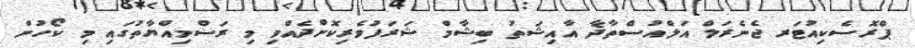
ޕްރޮސެކިއުޓަރ ޖެނެރަލް އަލްއުސްތާޛާ އާއިޝަތު ބިޝާމް ޝަރަފުވެރިކޮށްދެއްވި މި ރަސްމިއްޔާތުގައި މި ކޯހުން